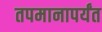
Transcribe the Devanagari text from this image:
तपमानापर्यंत